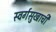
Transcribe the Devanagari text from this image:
स्वर्गसुखाची